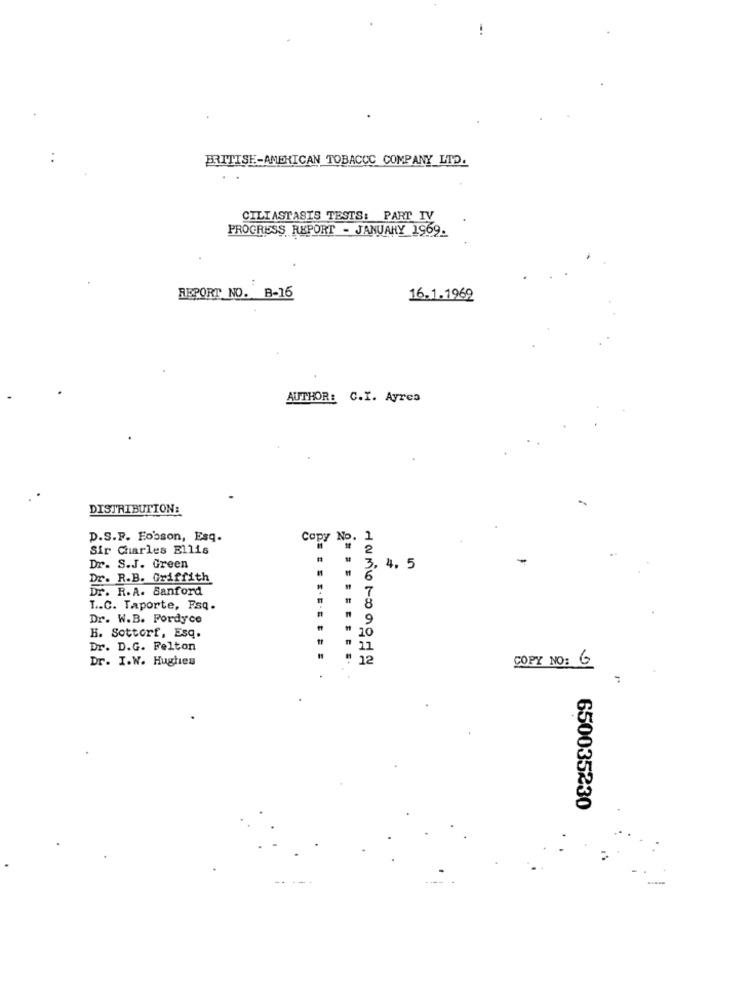
BRITISE-AMERICAN TOBACCO COMPANY LTD.
CILIASTASIS TESTS: PART IV
PROGRESS REPORT - JANUARY 1969.
REPORT NO. B-16
16.1.1969
AUTHOR: C.I. Ayres
DISTRIBUTION:
D.S.F. Fobson, Esq.
Copy No. 1
Sir Charles Ellis
Dr. S.J. Green
3.
4. 5
Dr. R.B. Griffith
6
Dr. R.A. Sanford
7
8
L .. C. Taporte, Fsq.
Dr. W.B. Fordyce
9
20
H. Sottorf, Esq.
Dr. D.G. Felton
22
Dr. I.W. Hughes
12
COPY NO: 6
650035230